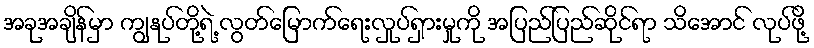
အခုအချိန်မှာ ကျွနုပ်တို့ရဲ့ လွတ်မြောက်ရေးလှုပ်ရှားမှုကို အပြည်ပြည်ဆိုင်ရာ သိအောင် လုပ်ဖို့